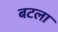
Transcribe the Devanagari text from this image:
बटला